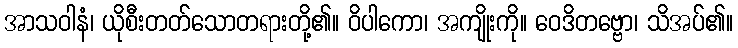
အာသဝါနံ၊ ယိုစီးတတ်သောတရားတို့၏။ ဝိပါကော၊ အကျိုးကို။ ဝေဒိတဗ္ဗော၊ သိအပ်၏။